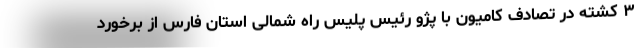
۳ کشته در تصادف کامیون با پژو رئیس پلیس راه شمالی استان فارس از برخورد